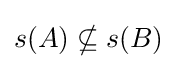
s(A)\nsubseteq s(B)